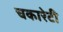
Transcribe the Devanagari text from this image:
चकारेटी